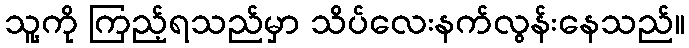
သူ့ကို ကြည့်ရသည်မှာ သိပ်လေးနက်လွန်းနေသည်။